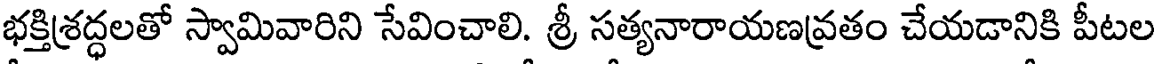
భక్తిశ్రద్ధలతో స్వామివారిని సేవించాలి. శ్రీ సత్యనారాయణవ్రతం చేయడానికి పీటల